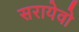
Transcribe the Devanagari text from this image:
सरायेवो